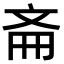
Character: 𫿯